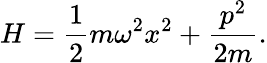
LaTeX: H={\frac{1}{2}}m\omega^{2}x^{2}+{\frac{p^{2}}{2m}}.